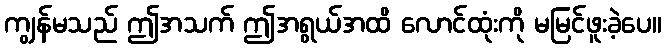
ကျွန်မသည် ဤအသက် ဤအရွယ်အထိ လောင်ထုံးကို မမြင်ဖူးခဲ့ပေ။